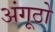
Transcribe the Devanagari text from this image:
अंगूठो